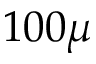
1 0 0 \mu